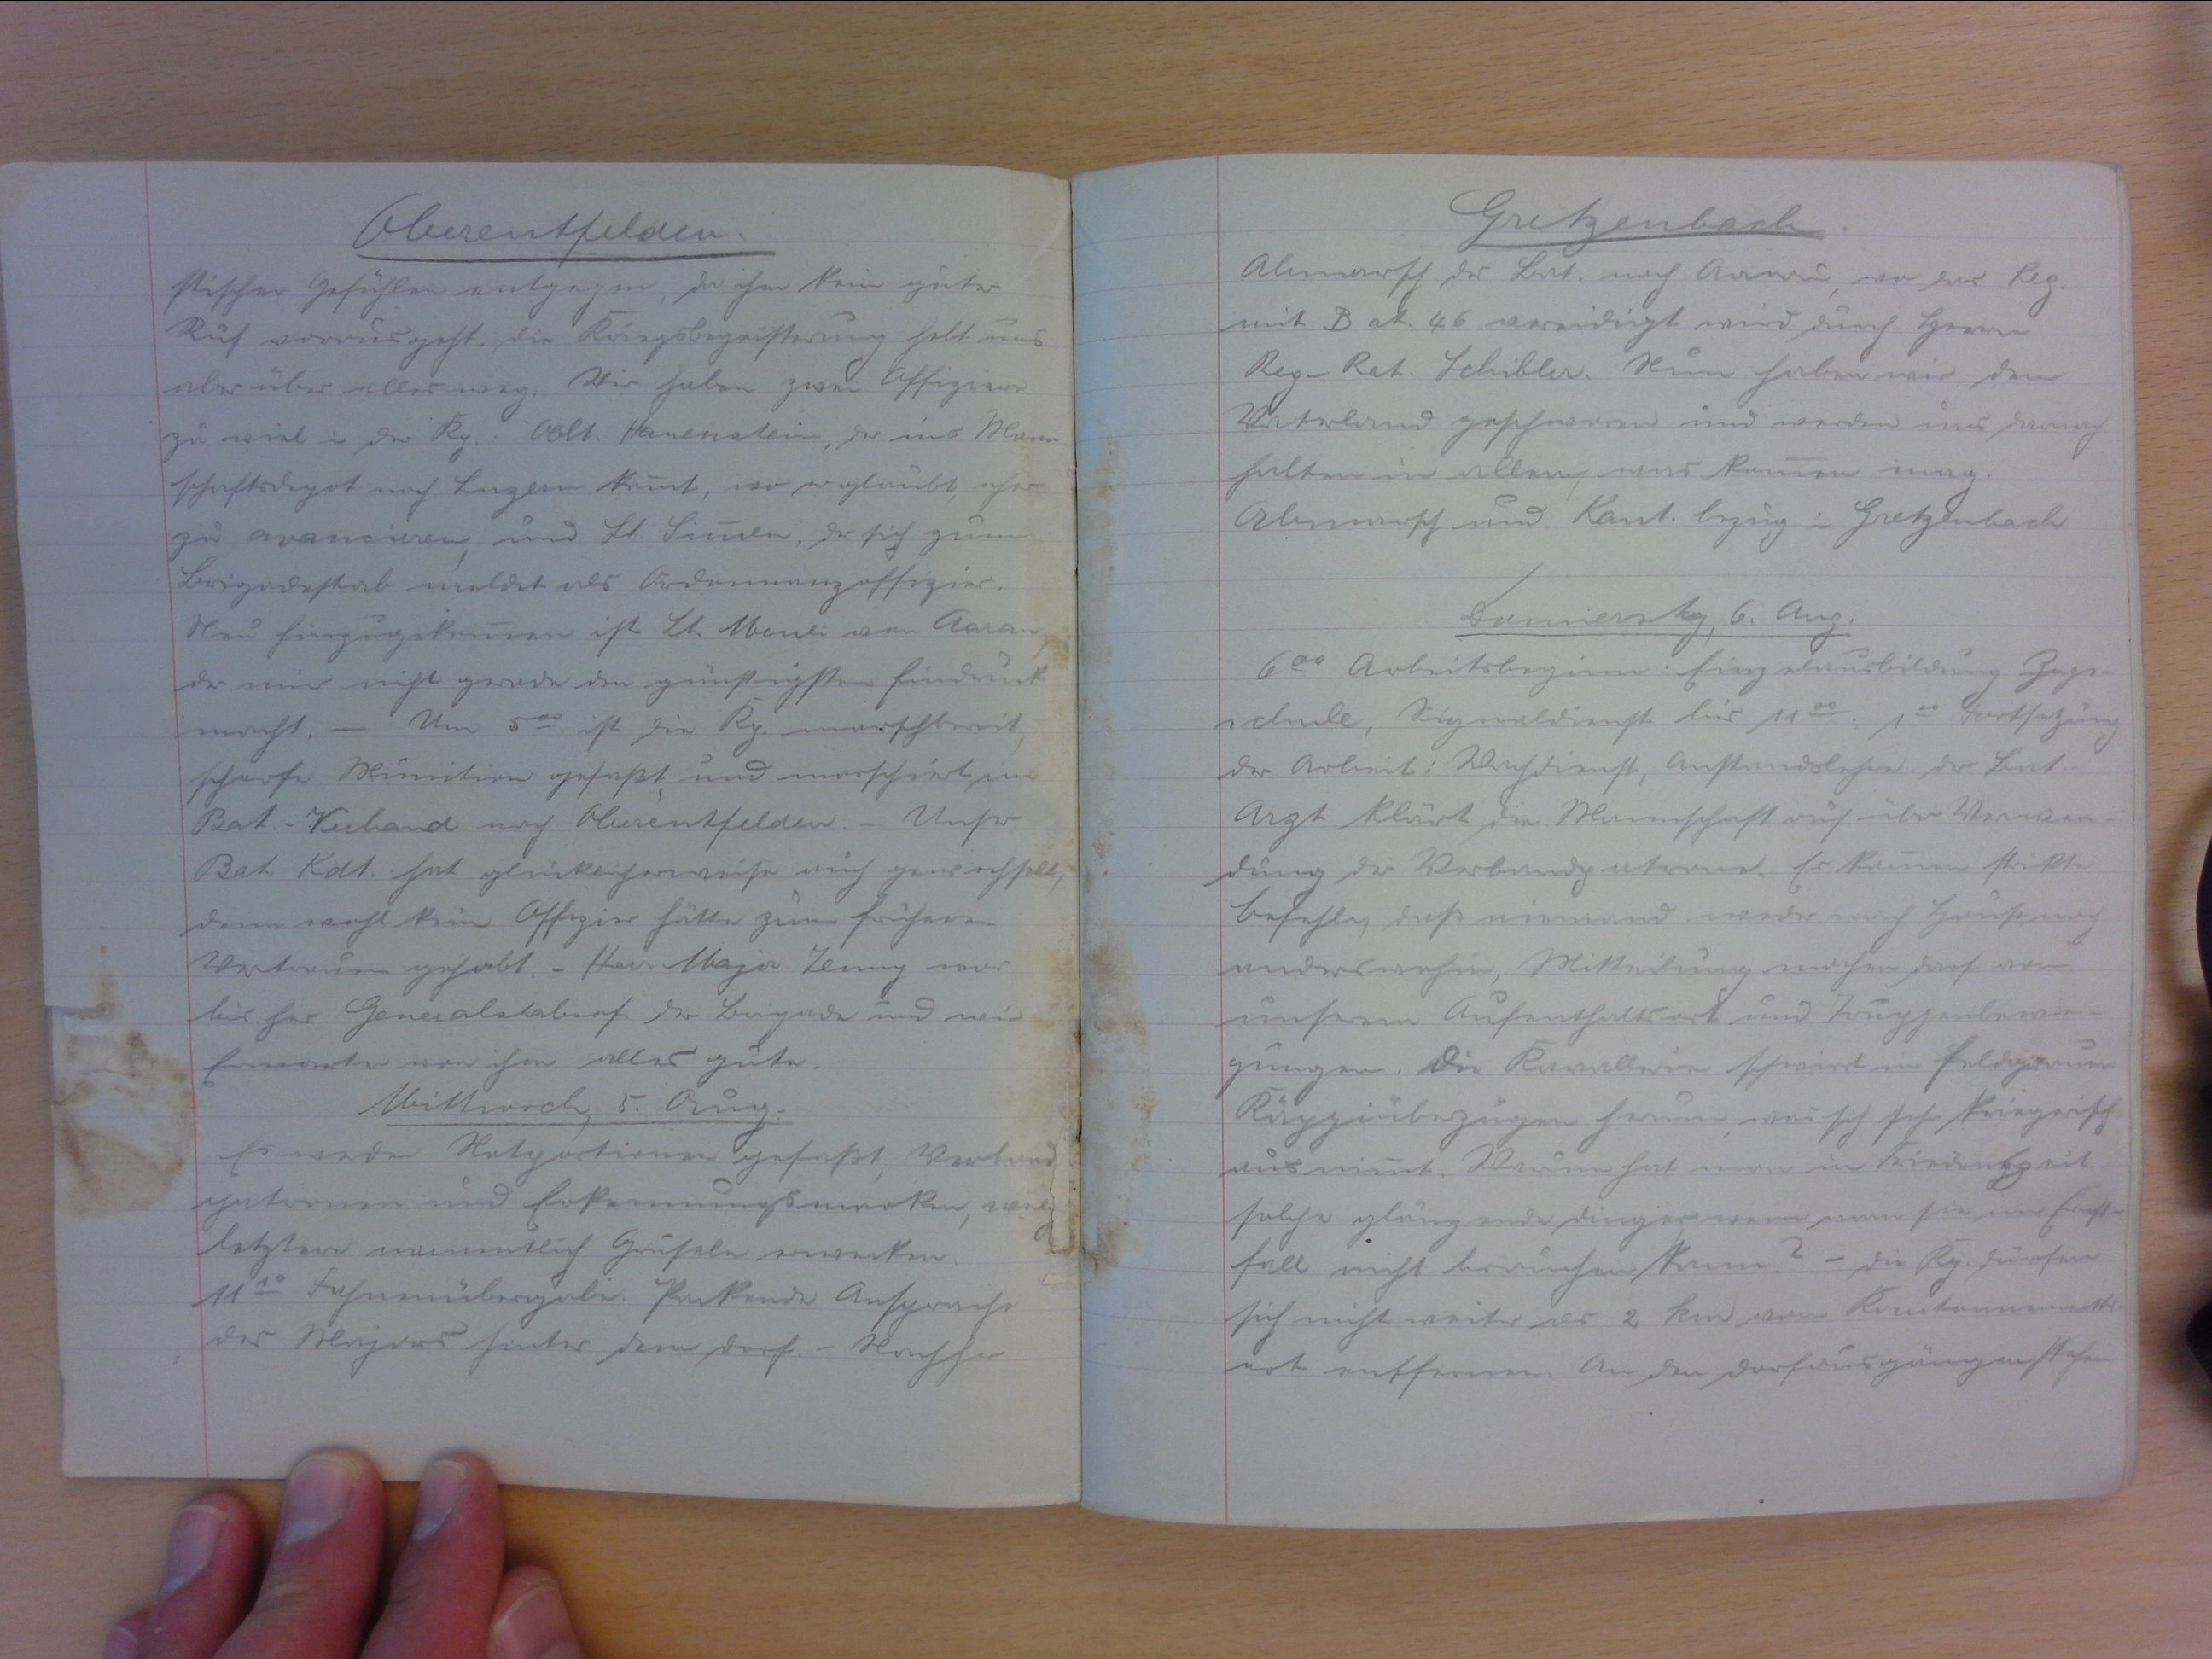
Oberentfelden
stischen Gefühlen entgegen, da ihm kein guter
Ruf vorausgeht. Die Kriegsbegeisterung hebt uns
aber über alles weg. Wir sehen zwar Offiziere
zu viel in der Kp. Oblt. Hauenstein, der ins Mann-
schaftsdepot nach Luzern kommt, wo er glaubt, eher
zu avancieren, und Lt. simmen, der sich zum
Brigadestab meldet als Ordonannzoffizier.
Neu hinzugekomen ist Lt. Meuli aus Aarau,
der mir nicht gerade den günstigsten Eindruck
macht. - Um 500 ist die Kp. marschbereit,
scharfe Munition gefasst, und marschiert im
Bat.-Verband nach Oberentfelden. - Unser
Bat. Kdt. hat glücklicherweise auf gew. ochtebt
denn wohl kein Offizier hätte zum frühern
Vertrauen gehabt. - Herr Major Jenny war
bisher Generalstabsof. der Brigade und wir
Erwarten von ihm alles gute.
Mittwoch, 5. Aug.
Es werden Notportionen gefasst, Verband
patronen und Erkennungsmarken, we
letztere namentlich Gruseln erwecken.
11.10 Fahnenübergabe. Packende Ansprache
des Majors hinter dem Dorf. - Nachher

Gretzenbach
Abmarsch des Bat. nach Aarau, wo das Reg.
mit Bat. 46 vereidigt wird durch Herrn
Reg-Rat Schibler. Nun haben wir dem
Vaterland geschworen und werden uns darnach
halten in allem, was kommen mag.
Abmarsch und Kant.bezug in Gretzenbach.
Donnerstag, 6. Aug.
600 Arbeitsbeginn. Einzelausbildung Zugs-
schule, Signaldienst bis 1100. 100 Fortsetzung
der Arbeit: Wachdienst, Anstandslehre, der Bat.
Arzt klärt die Mannschaft auf über Verwen-
dung der Verbandspatrone. Es kommen strikte
Befehle, dass niemand weder nach Hause noch
anderswohin, Mitteilung machen darf was
unseren Aufenthaltsort und Truppenbewe-
gungen, die Kavallerie schwirrt in feldgrauen
Käppiüberzügen herum, was sich sehr kriegerisch
ausnimmt. Warum hat man in Friedenszeit
solche glänzende dinger, wenn man sie im Ernst-
fall nicht brauchen kann? - die Kp. dürfen
sich nicht weiter als 2 km vom Kanntonnements-
ort entfernen. An den dorfausgängen stehen